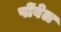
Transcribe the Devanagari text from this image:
पोंवेल